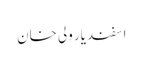
اسفندیار ولی خان